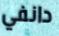
دانفي